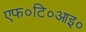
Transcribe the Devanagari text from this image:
एफ०टि०आइ०